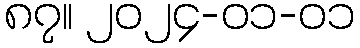
၈၇။ ၂၀၂၄-၀၁-၀၁